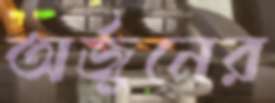
অর্জুনের